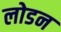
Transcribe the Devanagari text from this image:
लोडन